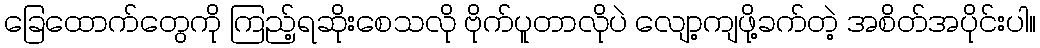
ခြေထောက်တွေကို ကြည့်ရဆိုးစေသလို ဗိုက်ပူတာလိုပဲ လျော့ကျဖို့ခက်တဲ့ အစိတ်အပိုင်းပါ။